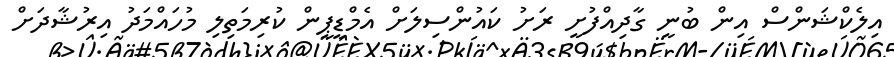
އިލެކްޝަންސް އިން ބުނީ ގާދިއްފުށީ ރަށު ކައުންސިލަށް އެމްޑީޕީން ކުރިމަތިލި މުހައްމަދު އިރުޝާދަށް